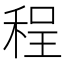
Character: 程